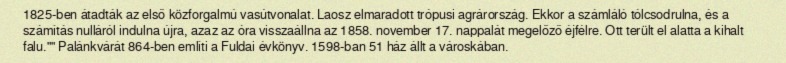
1825-ben átadták az első közforgalmú vasútvonalat. Laosz elmaradott trópusi agrárország. Ekkor a számláló tólcsodrulna, és a számítás nulláról indulna újra, azaz az óra visszaállna az 1858. november 17. nappalát megelőző éjfélre. Ott terült el alatta a kihalt falu."" Palánkvárát 864-ben említi a Fuldai évkönyv. 1598-ban 51 ház állt a városkában.